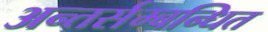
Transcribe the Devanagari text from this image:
अन्तर्सम्बन्धित